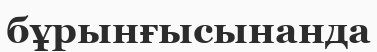
бұрынғысынанда